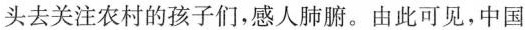
头去关注农村的孩子们，感人肺腑。由此可见，中国